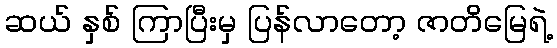
ဆယ် နှစ် ကြာပြီးမှ ပြန်လာတော့ ဇာတိမြေရဲ့